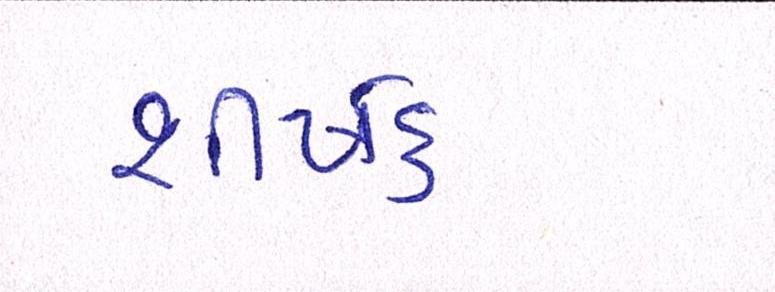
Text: શીર્ષક